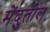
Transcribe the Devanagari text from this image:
मेंदुतील